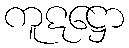
ကူဋဋ္ဌော